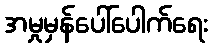
အမှုမှန်ပေါ်ပေါက်ရေး